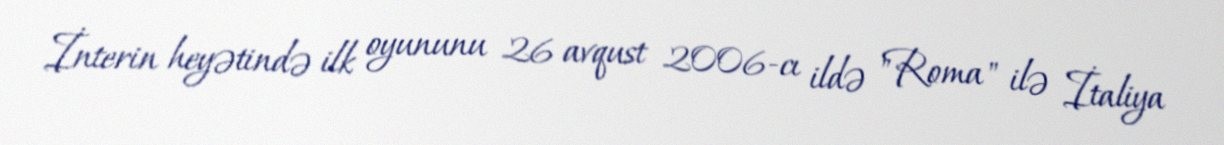
İnterin heyətində ilk oyununu 26 avqust 2006-cı ildə "Roma" ilə İtaliya